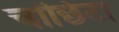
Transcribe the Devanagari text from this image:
चोंछिटा